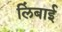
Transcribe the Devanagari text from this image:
लिंबाई